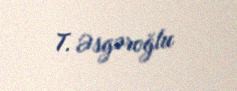
T. Əsgəroğlu